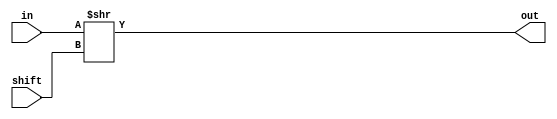
`ifndef _RSHFL
`define _RSHFL

module right_shift_logical(in, out, shift);

	output [15:0] out;
	input  [15:0] in;
	input  [3:0]  shift;
	
	assign out = in >> shift;
	
endmodule

`endif